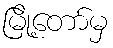
မြို့တော်မှ